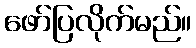
ဖော်ပြလိုက်မည်။